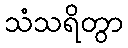
သံသရိတွာ